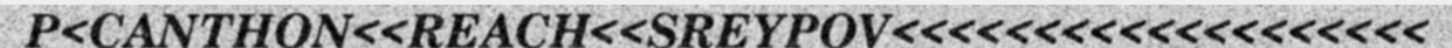
P<CANTHON<<REACH<<SREYPOV<<<<<<<<<<<<<<<<<<<